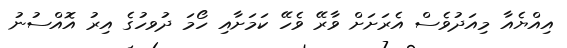
އިއްޔެއާ މިއަދުވެސް އެރަށަށް ވާރޭ ވެހޭ ކަމަށާއި ހޯމަ ދުަވހުގެ އިރު އޮއްސުނު